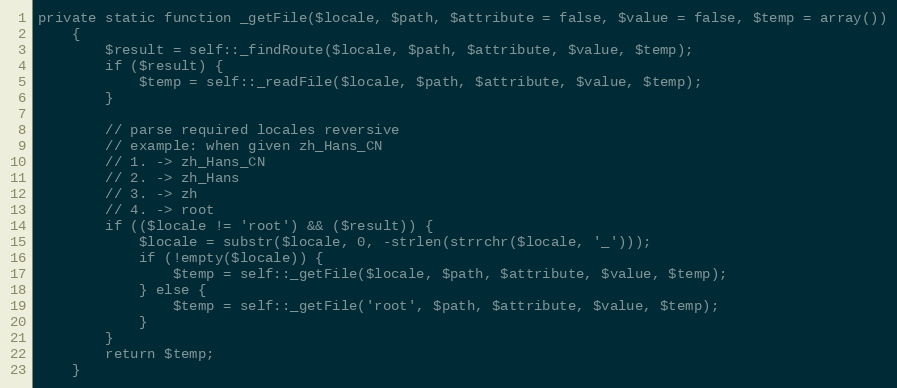
Language: PHP
private static function _getFile($locale, $path, $attribute = false, $value = false, $temp = array())
    {
        $result = self::_findRoute($locale, $path, $attribute, $value, $temp);
        if ($result) {
            $temp = self::_readFile($locale, $path, $attribute, $value, $temp);
        }

        // parse required locales reversive
        // example: when given zh_Hans_CN
        // 1. -> zh_Hans_CN
        // 2. -> zh_Hans
        // 3. -> zh
        // 4. -> root
        if (($locale != 'root') && ($result)) {
            $locale = substr($locale, 0, -strlen(strrchr($locale, '_')));
            if (!empty($locale)) {
                $temp = self::_getFile($locale, $path, $attribute, $value, $temp);
            } else {
                $temp = self::_getFile('root', $path, $attribute, $value, $temp);
            }
        }
        return $temp;
    }